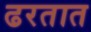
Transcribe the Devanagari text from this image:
ढरतात